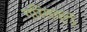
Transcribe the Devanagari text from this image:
गरिसक्नु